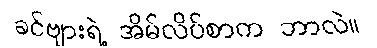
ခင်ဗျားရဲ့ အိမ်လိပ်စာက ဘာလဲ။